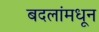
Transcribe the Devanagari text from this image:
बदलांमधून